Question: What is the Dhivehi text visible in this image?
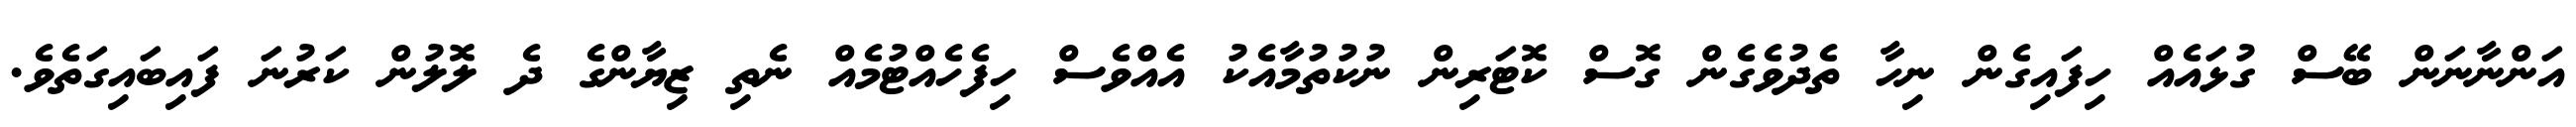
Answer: އަންނާނަން ބޭސް ގުޅައެއް ހިފައިގެން ނިހާ ތެދުވެގެން ގޮސް ކޮޓަރިން ނުކުތުމާއެކު އެއްވެސް ހިފެހެއްޓުމެއް ނެތި ޒިޔާންގެ ދެ ލޮލުން ކަރުނަ ފައިބައިގަތެވެ.